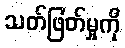
သတ်ဖြတ်မှုကို